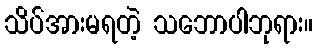
သိပ်အားမရတဲ့ သဘောပါဘုရား။